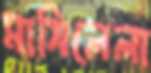
মাসিলেলা